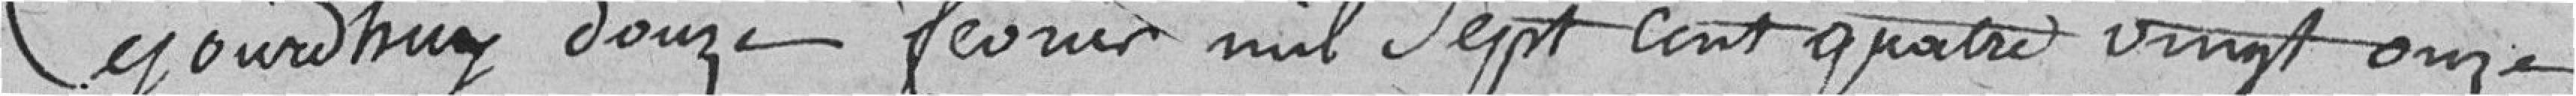
Ce jour d'huy, douze février mil sept cent quatre vingt onze,